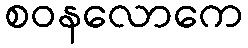
စဝနလောကေ